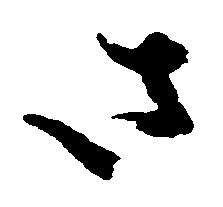
さ